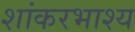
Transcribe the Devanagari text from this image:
शांकरभाश्य